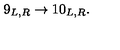
9 _ { L , R } \rightarrow 1 0 _ { L , R } .